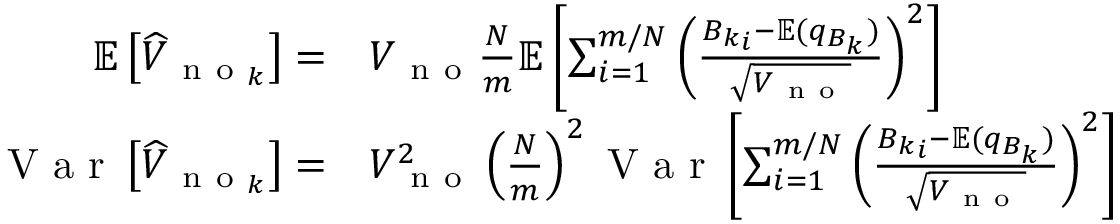
\begin{array} { r l } { \mathbb { E } \left[ \widehat { V } _ { \mathrm { ~ n ~ o ~ } _ { k } } \right] = } & { { } V _ { \mathrm { ~ n ~ o ~ } } \frac { N } { m } \mathbb { E } \left[ \sum _ { i = 1 } ^ { m / N } \left( \frac { { B _ { k } } _ { i } - \mathbb { E } ( q _ { B _ { k } } ) } { \sqrt { V _ { \mathrm { ~ n ~ o ~ } } } } \right) ^ { 2 } \right] } \\ { \mathrm { ~ V ~ a ~ r ~ } \left[ \widehat { V } _ { \mathrm { ~ n ~ o ~ } _ { k } } \right] = } & { { } V _ { \mathrm { ~ n ~ o ~ } } ^ { 2 } \left( \frac { N } { m } \right) ^ { 2 } \mathrm { ~ V ~ a ~ r ~ } \left[ \sum _ { i = 1 } ^ { m / N } \left( \frac { { B _ { k } } _ { i } - \mathbb { E } ( q _ { B _ { k } } ) } { \sqrt { V _ { \mathrm { ~ n ~ o ~ } } } } \right) ^ { 2 } \right] } \end{array}